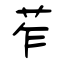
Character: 苲